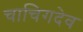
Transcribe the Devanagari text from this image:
चाचिगदेव